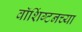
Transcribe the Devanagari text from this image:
वाॅशिंग्टनच्या